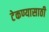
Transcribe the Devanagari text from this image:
टेकण्यासाठी